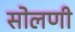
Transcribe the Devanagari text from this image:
सोलणी